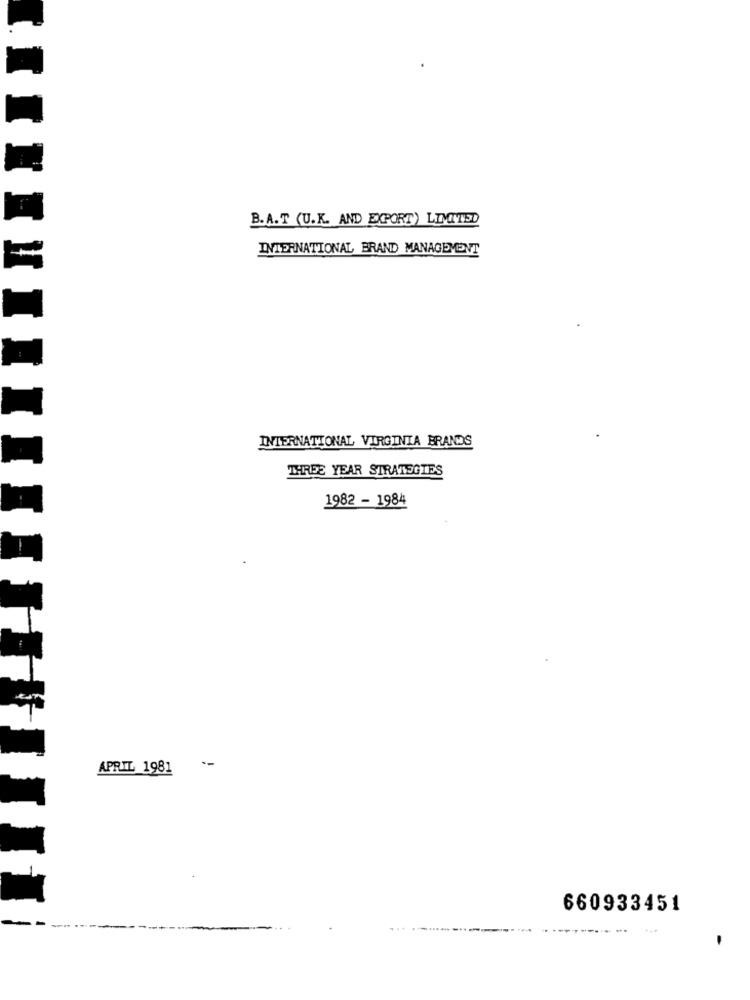
B. A.T (U.K. AND EXPORT) LIMITID
INTERNATIONAL BRAND MANAGEMENT
INTERNATIONAL VIRGINIA BRANDS
THREE YEAR STRATEGIES
1982 - 1984
APRIL 1981
660933451